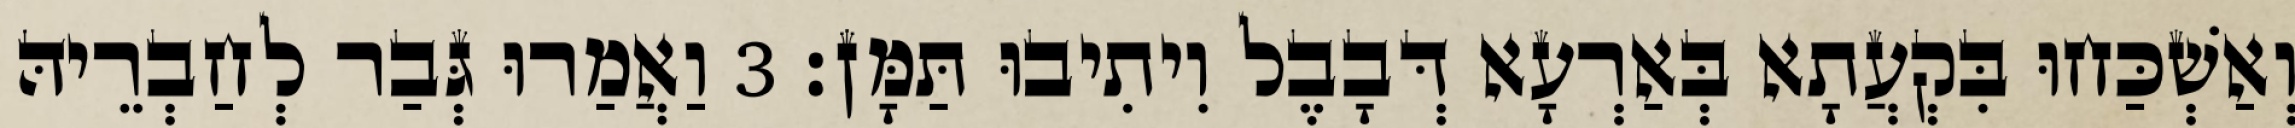
וְאַשְׁכַּחוּ בִּקְעֲתָא בְּאַרְעָא דְּבָבֶל וִיתִיבוּ תַּמָּן׃ 3 וַאֲמַרוּ גְּבַר לְחַבְרֵיהּ